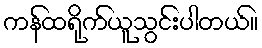
ကန်ထရိုက်ယူသွင်းပါတယ်။